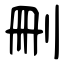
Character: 刪